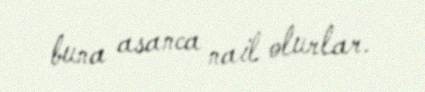
buna asanca nail olurlar.